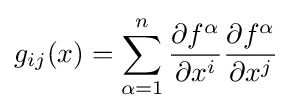
g_{ij}(x)=\sum _{\alpha =1}^{n}{\frac {\partial f^{\alpha }}{\partial x^{i}}}{\frac {\partial f^{\alpha }}{\partial x^{j}}}